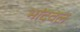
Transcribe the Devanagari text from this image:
भांदवल